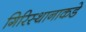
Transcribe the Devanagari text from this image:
गिरिस्थानाकडे